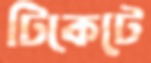
টিকেটে